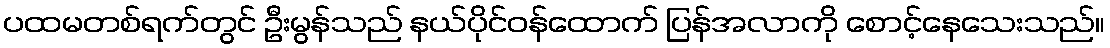
ပထမတစ်ရက်တွင် ဦးမွန်သည် နယ်ပိုင်ဝန်ထောက် ပြန်အလာကို စောင့်နေသေးသည်။